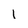
Character: 1